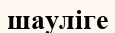
шауліге